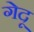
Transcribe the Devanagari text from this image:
गेदू